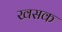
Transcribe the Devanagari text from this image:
खसक